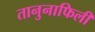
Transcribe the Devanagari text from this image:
तानुनाफिली